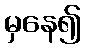
မှနေ၍